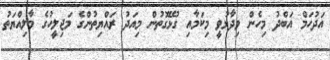
އަދުހަމް އަބްދު މިހެން ވިދާޅުވީ މިކަމާއި ގުޅޭގޮތުން މިއަދު ރައްޔިތުންގެ މަޖިލީހުގެ މާލިއްޔަތު